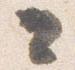
々